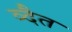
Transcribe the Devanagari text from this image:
व्दैत